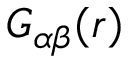
G _ { \alpha \beta } ( \boldsymbol { r } )